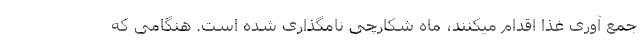
جمع آوری غذا اقدام میکنند، ماه شکارچی نامگذاری شده است. هنگامی که